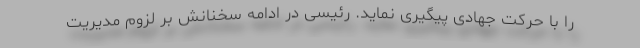
را با حرکت جهادی پیگیری نماید. رئیسی در ادامه سخنانش بر لزوم مدیریت